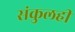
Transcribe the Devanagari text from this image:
संकुलही